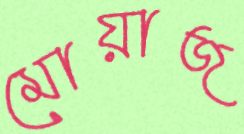
মোয়াজ